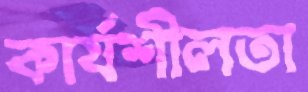
কার্যশীলতা